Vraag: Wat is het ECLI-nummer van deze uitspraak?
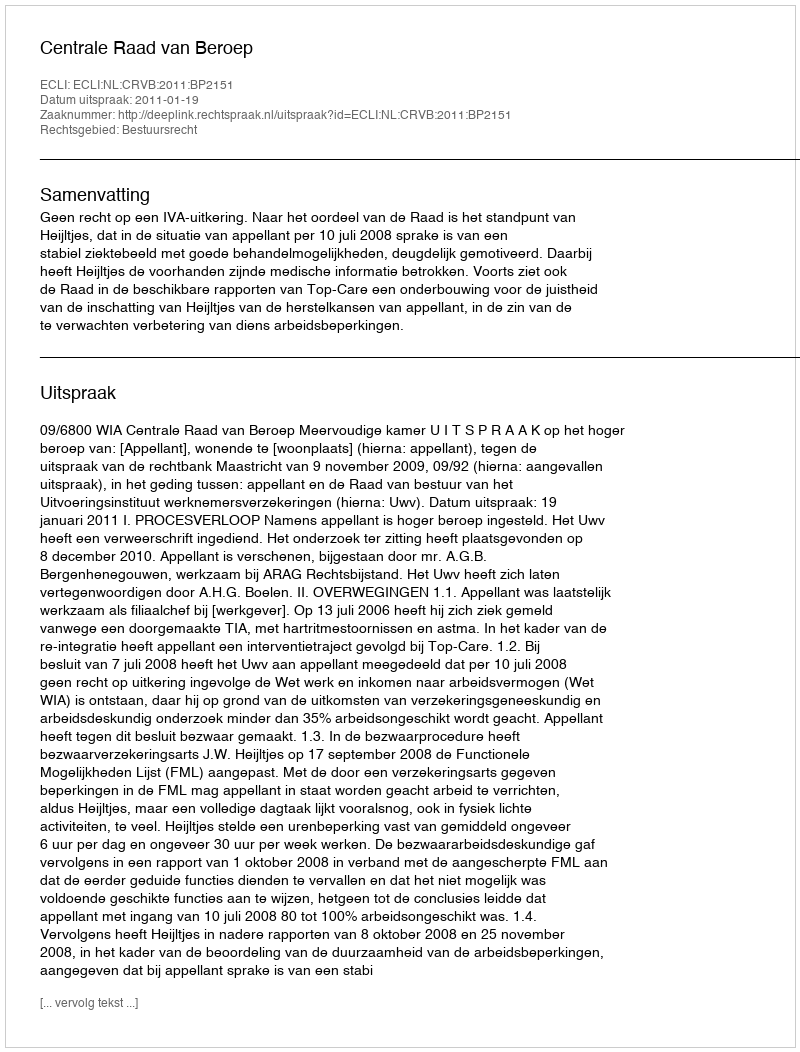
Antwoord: ECLI:NL:CRVB:2011:BP2151